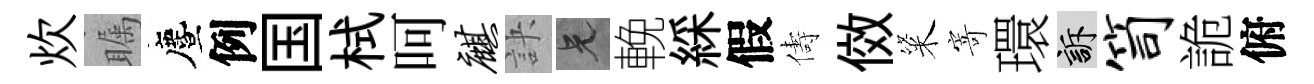
炊瞩󵨌例国栻呵麒訣兄輓綵假儔傚粢寄環訴笥詭俯